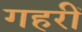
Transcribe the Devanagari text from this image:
गहरीं